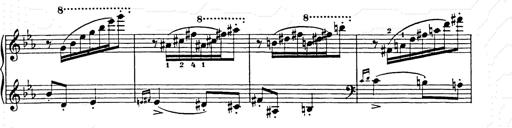
Title: Hungarian Rhapsody No.9
Composer: Franz Liszt
Key: E-flat major